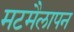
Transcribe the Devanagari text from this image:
मटमैलापन